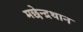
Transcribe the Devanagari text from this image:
मछेन्‍द्रथान